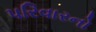
પરિવારનો